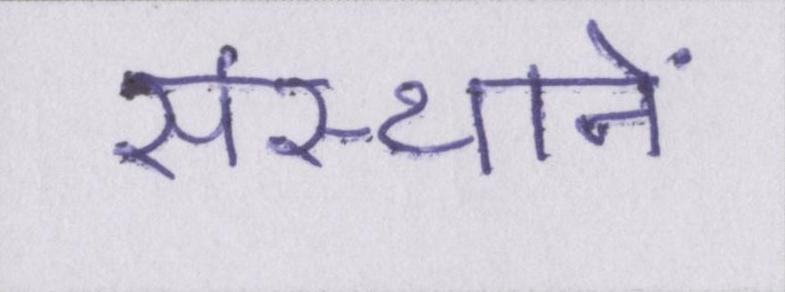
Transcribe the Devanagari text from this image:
संस्थानें